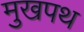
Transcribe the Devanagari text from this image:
मुखपथ